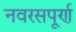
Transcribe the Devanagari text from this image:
नवरसपूर्ण